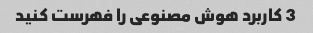
3 کاربرد هوش مصنوعی را فهرست کنید